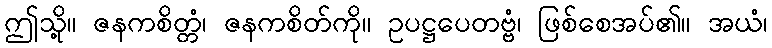
ဤသို့။ ဇနကစိတ္တံ၊ ဇနကစိတ်ကို။ ဥပဋ္ဌပေတဗ္ဗံ၊ ဖြစ်စေအပ်၏။ အယံ၊